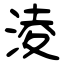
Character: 淩